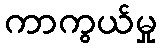
ကာကွယ်မှု